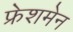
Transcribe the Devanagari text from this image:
फ्रेशमेन